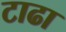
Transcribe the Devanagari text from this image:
टाढा